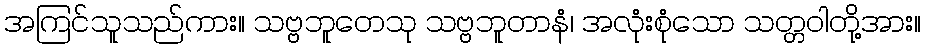
အကြင်သူသည်ကား။ သဗ္ဗဘူတေသု သဗ္ဗဘူတာနံ၊ အလုံးစုံသော သတ္တဝါတို့အား။